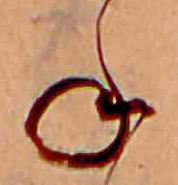
ね